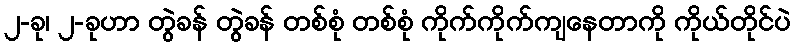
၂-ခု၊ ၂-ခုဟာ တွဲခန် တွဲခန် တစ်စုံ တစ်စုံ ကိုက်ကိုက်ကျနေတာကို ကိုယ်တိုင်ပဲ